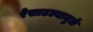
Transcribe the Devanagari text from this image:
रेखाटल्यामुळे